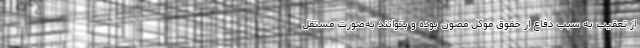
از تعقیب به سبب دفاع از حقوق موکل مصون بوده و بتوانند به‌صورت مستقل